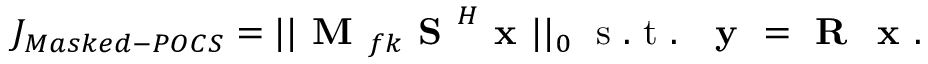
J _ { M a s k e d - P O C S } = | | \textbf { M } _ { f k } \textbf { S } ^ { H } \textbf { x } | | _ { 0 } \; \mathrm { ~ s ~ . ~ t ~ . ~ } \; \textbf { y } = \textbf { R } \textbf { x } .